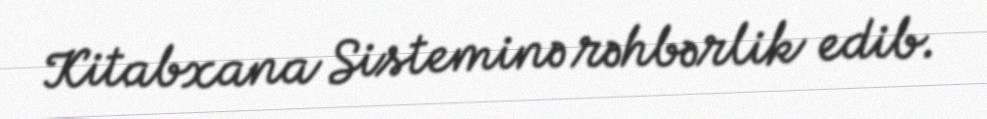
Kitabxana Sisteminə rəhbərlik edib.